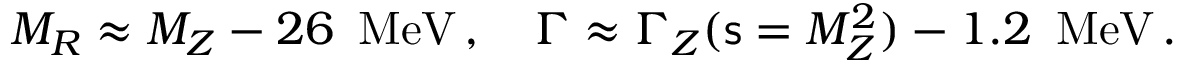
M _ { R } \approx M _ { Z } - 2 6 \, \, \, \mathrm { M e V } \, , \quad \Gamma \approx \Gamma _ { Z } ( { \mathsf { s } } = M _ { Z } ^ { 2 } ) - 1 . 2 \, \, \, \mathrm { M e V } \, .